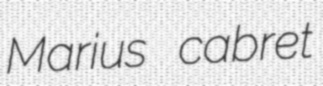
Marius cabret